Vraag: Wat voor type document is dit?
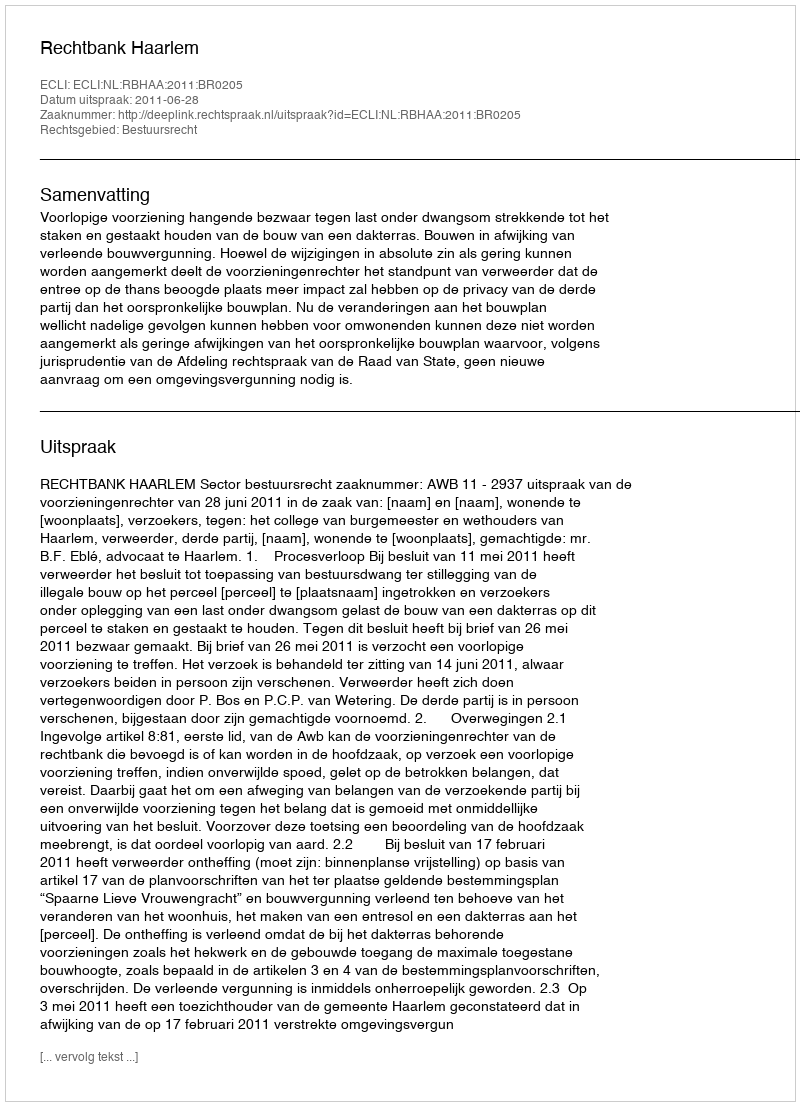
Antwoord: Uitspraak